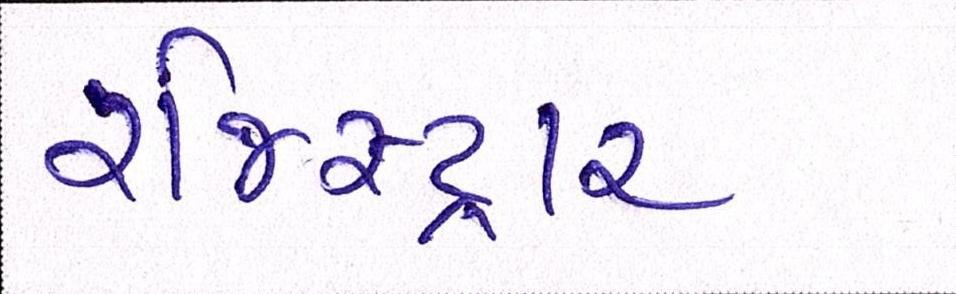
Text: રજિસ્ટ્રાર